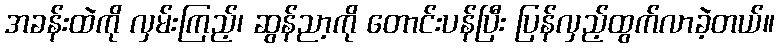
အခန်းထဲကို လှမ်းကြည့်၊ ဆွန်ညာ့ကို တောင်းပန်ပြီး ပြန်လှည့်ထွက်လာခဲ့တယ်။